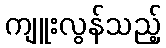
ကျူးလွန်သည့်